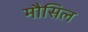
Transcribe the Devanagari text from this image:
मौसिल